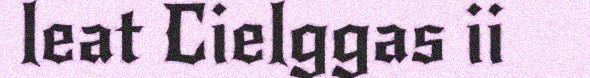
leat Cielggas ii